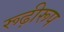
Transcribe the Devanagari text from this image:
रूढ़ीरूप